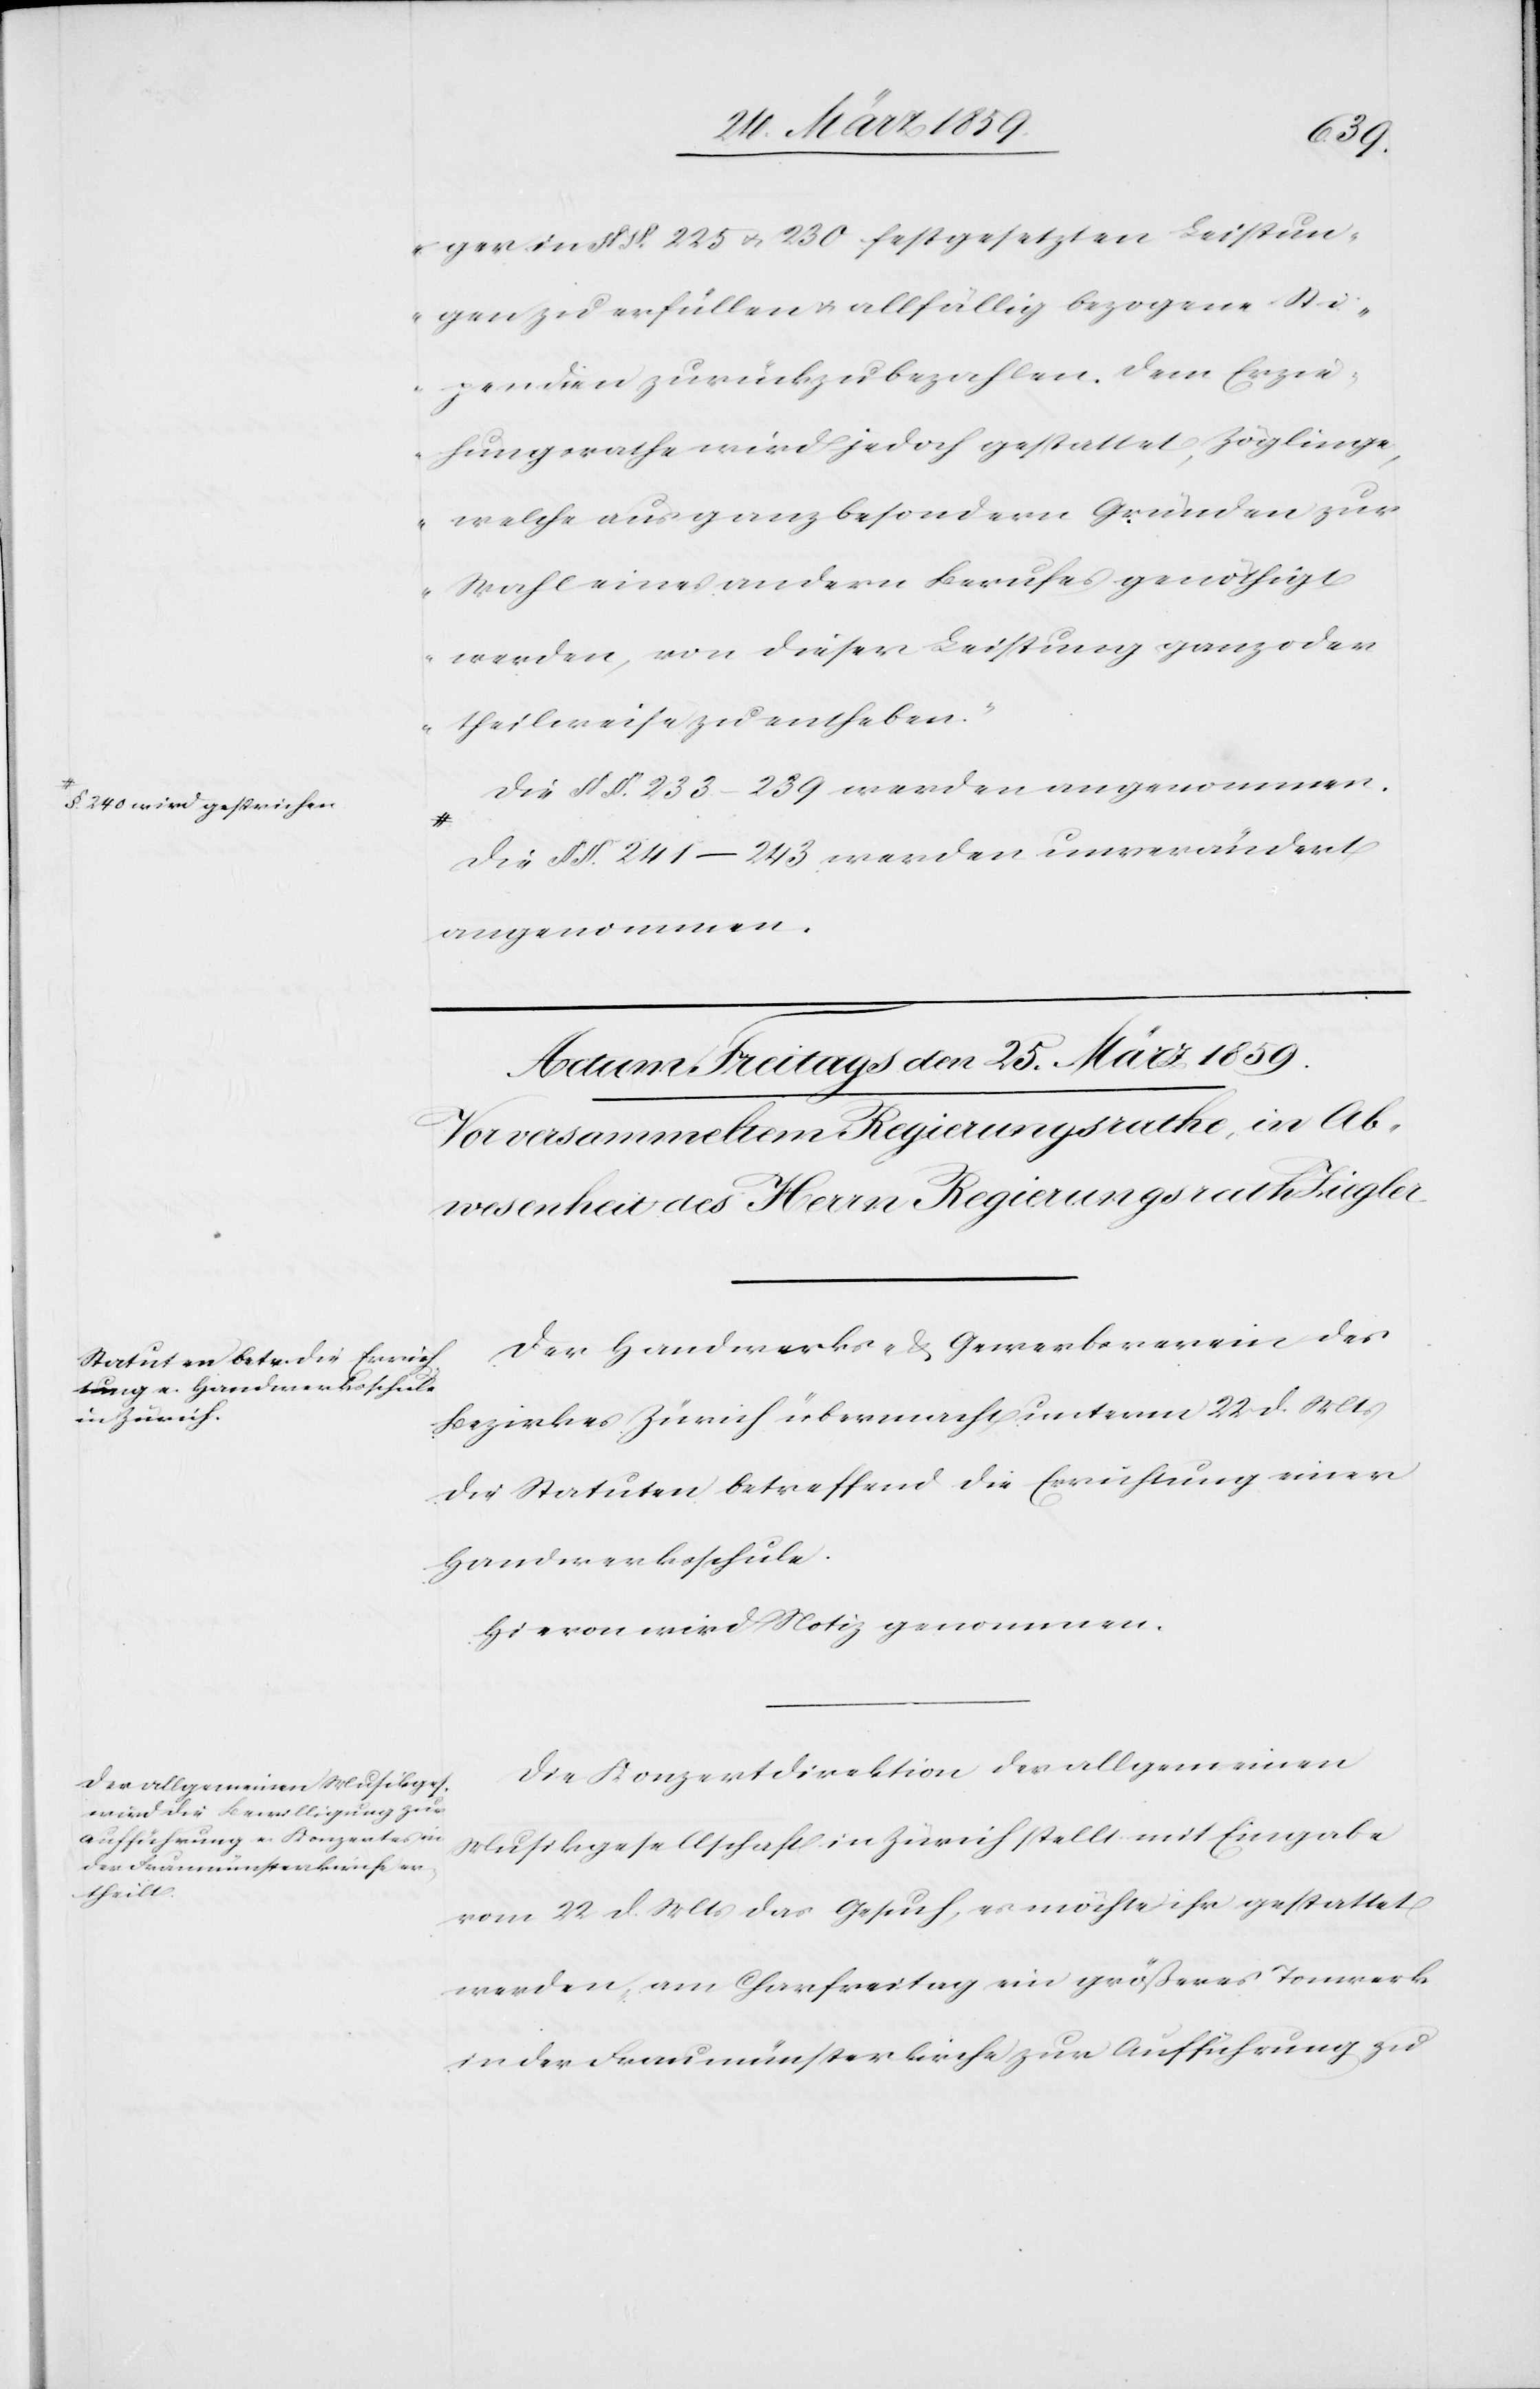
§. 240 wird gestrichen.

ger in § §. 225 u. 230 festgesetzten Leistun¬
gen zu erfüllen u. allfällig bezogene Sti¬
pendien zurückzubezahlen. Dem Erzie¬
hungsrathe wird jedoch gestattet, Zöglinge,
welche aus ganz besondern Gründen zur
Wahl eines andern Berufes genöthigt
werden, von dieser Leistung ganz oder
theilweise zu entheben.“
Die § §. 233–239 werden angenommen.
Die § §. 241–243 werden unverändert
angenommen.
Der Handwerks- & Gewerbeverein des
Bezirkes Zürich übermacht unterm 22. d. Mts
die Statuten betreffend die Errichtung einer
Handwerksschule.
Hievon wird Notiz genommen.
Die Konzertdirektion der allgemeinen
Musikgesellschaft in Zürich stellt mit Eingabe
vom 22 d. Mts das Gesuch, es möchte ihr gestattet
werden, am Charfreitag ein größeres Tonwerk
in der Fraumünsterkirche zur Aufführung zu